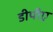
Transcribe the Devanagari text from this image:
डीपीए